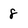
Character: 8